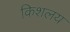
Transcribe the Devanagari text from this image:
किशलय